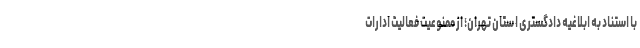
با استناد به ابلاغیه دادگستری ا ستان تهران؛ از ممنوعیت فعالیت ادارات